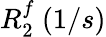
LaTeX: R_{2}^{f}~(1/s)